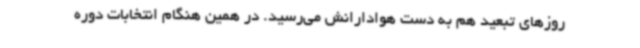
روزهای تبعید هم به دست هوادارانش می‌رسید. در همین هنگام انتخابات دوره